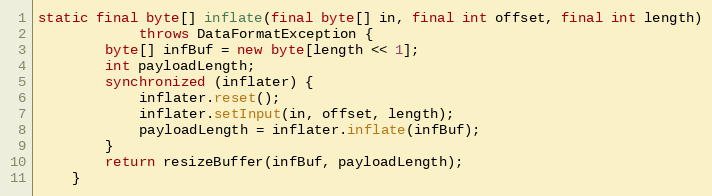
Language: Java
static final byte[] inflate(final byte[] in, final int offset, final int length)
			throws DataFormatException {
		byte[] infBuf = new byte[length << 1];
		int payloadLength;
		synchronized (inflater) {
			inflater.reset();
			inflater.setInput(in, offset, length);
			payloadLength = inflater.inflate(infBuf);
		}
		return resizeBuffer(infBuf, payloadLength);
	}